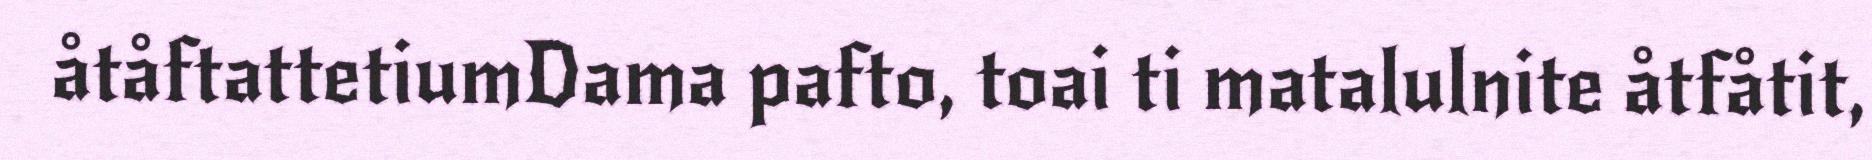
åtåftattetiumDama pafto, toai ti matalulnite åtfåtit,